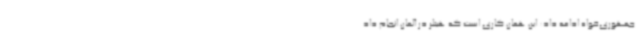
جمهوری‌خواه ادامه داد: این همان کاری است که هیتلر در آلمان انجام داد.